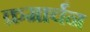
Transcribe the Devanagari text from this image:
क्रमार्चन